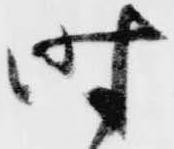
時